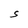
Character: S